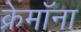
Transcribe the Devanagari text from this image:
क्रेमॉना